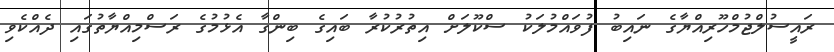
ރައީސުލްޖުމްހޫރިއްޔާގެ ނައިބު ފުވައްމުލަކު ސްކޫލަށް އިތުރުކުރާ ބައިގެ ބިންގާ އެޅުމުގެ ރަސްމިއްޔާތުގައި ދެއްކެވި